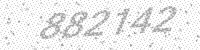
Solution: 882142